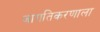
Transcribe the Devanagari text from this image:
जागतिकरणाला